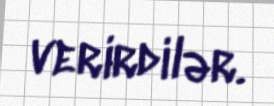
verirdilər.